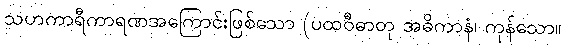
သဟကာရီကာရဏအကြောင်းဖြစ်သော (ပထဝီဓာတု အဓိကာနံ၊ ကုန်သော။